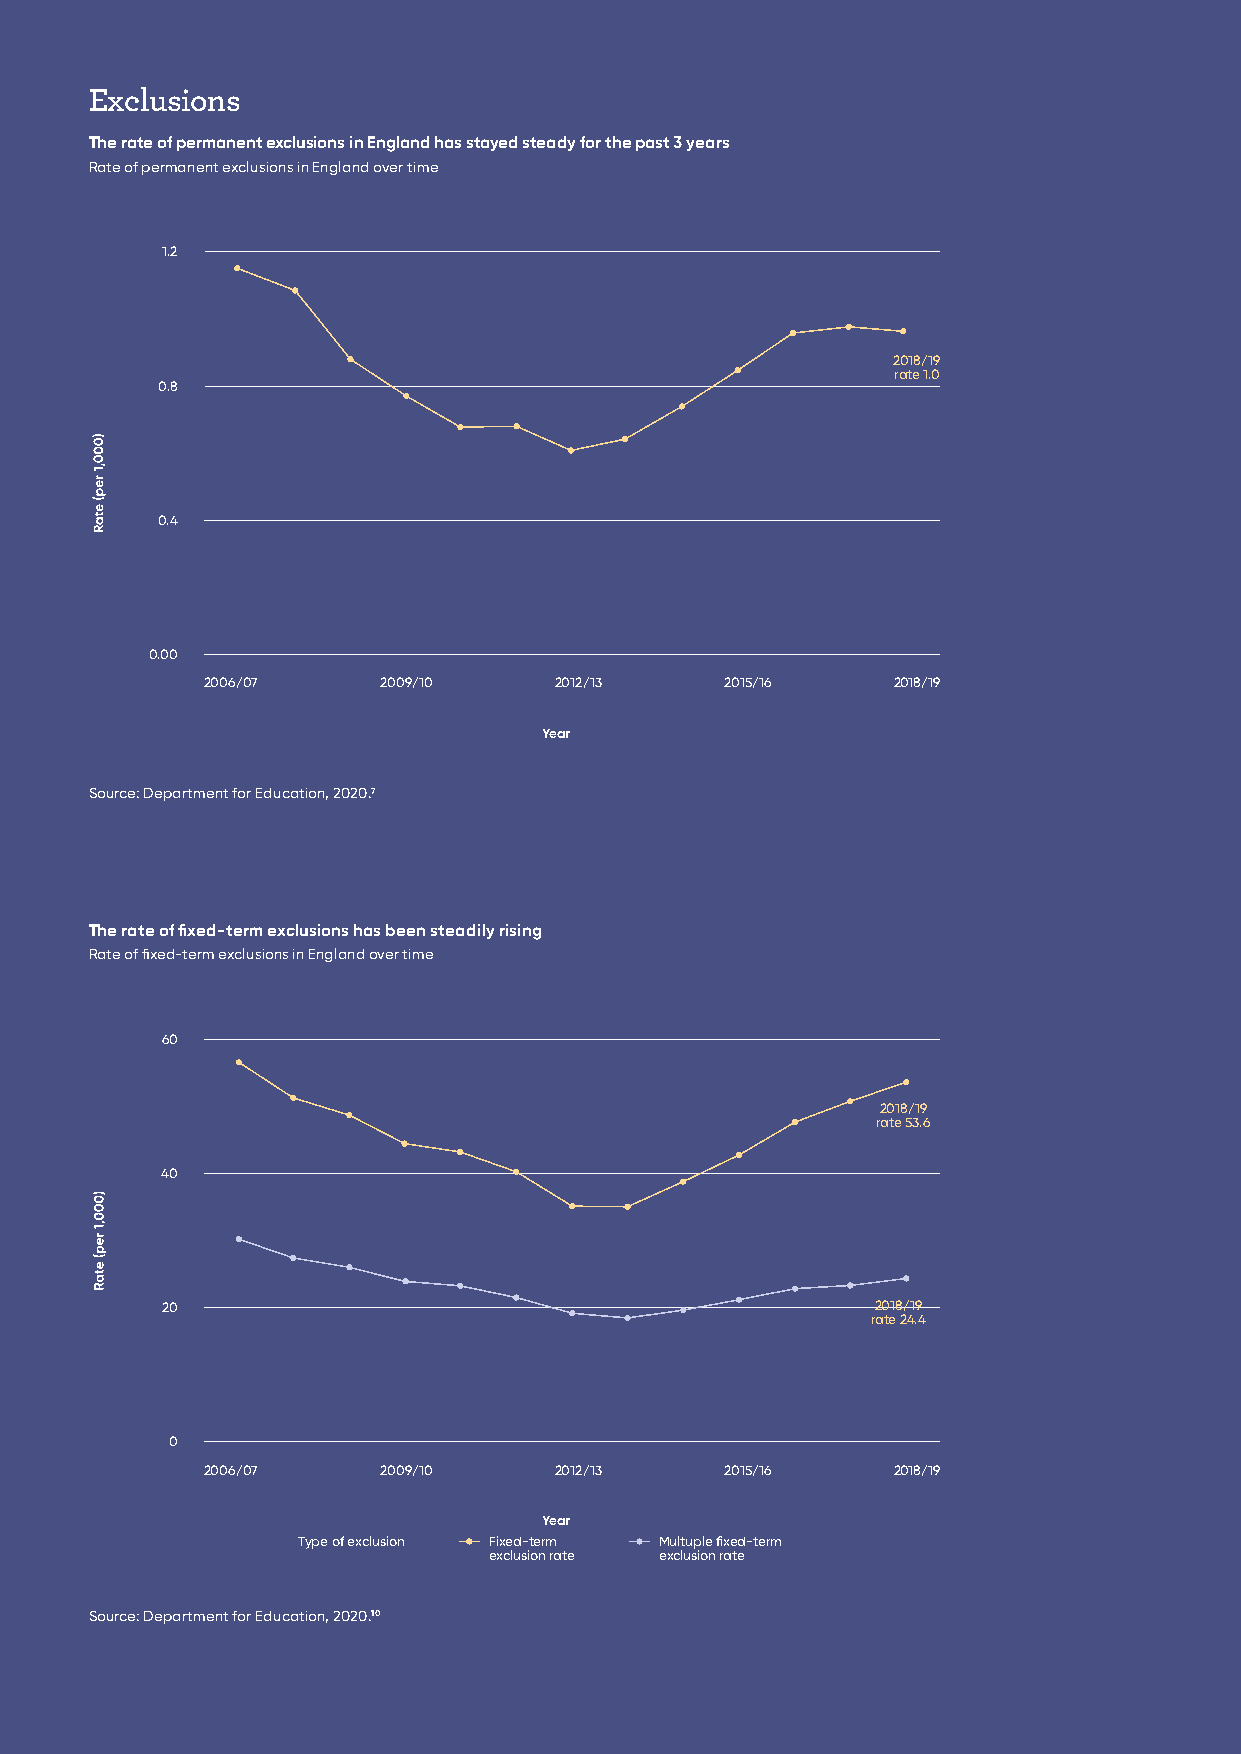
Exclusions
 The rate of permanent exclusions in England has stayed steady for the past 3 years
 Rate of permanent exclusions in England over time
 1.2
 2018/19
 rate 1.0
 0.8
 0.4
 0.00
 2006/07    2009/10     2012/13    2015/16    2018/19
 YYeeaarr
 Source: Department for Education, 2020.7
 The rate of fixed-term exclusions has been steadily rising
 Rate of fixed-term exclusions in England over time
 60
 2018/19
 rate 53.6
 40
 20                                             2018/19
 rate 24.4
 0
 2006/07    2009/10     2012/13    2015/16    2018/19
 YYeeaarr
 Type of exclusion Fixed-term Multuple fixed-term
 exclusion rate exclusion rate
 Source: Department for Education, 2020.10
 11 IntegratED